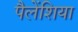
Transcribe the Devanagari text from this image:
पैलेंशिया